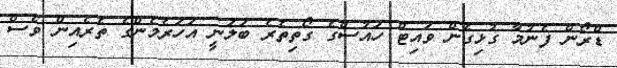
ޑްރޯން ފެނުމާ ގުޅިގެން ވައިޓް ހައުސްގެ ގޯތިތެރެ ބަލަނީ އަހަރެމެންގެ ތެރެއިން ވެސް